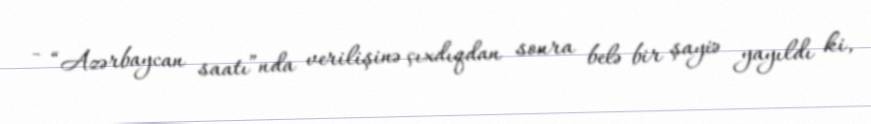
- “Azərbaycan saatı”nda verilişinə çıxdıqdan sonra belə bir şayiə yayıldı ki,